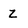
Character: z